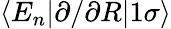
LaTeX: \left<E_{n}|\partial/\partial R|1\sigma\right>